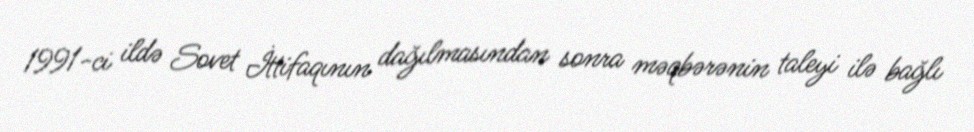
1991-ci ildə Sovet İttifaqının dağılmasından sonra məqbərənin taleyi ilə bağlı